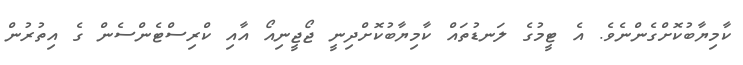
ކާމިޔާބުކޮށްގެންނެވެ. އެ ޓީމުގެ ލަނޑުތައް ކާމިޔާބުކޮށްދިނީ ޖޯޖީނިއޯ އާއި ކްރިސްޓެންސެން ގެ އިތުރުން